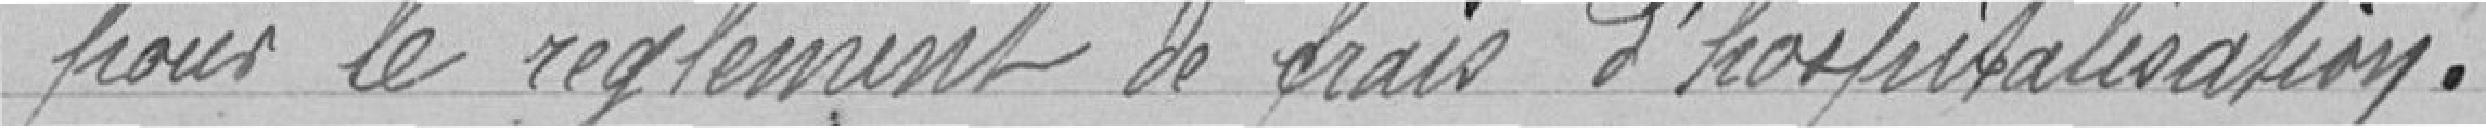
pour le règlement de frais d'hospitalisation.